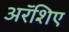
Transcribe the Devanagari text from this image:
अरॅशिए